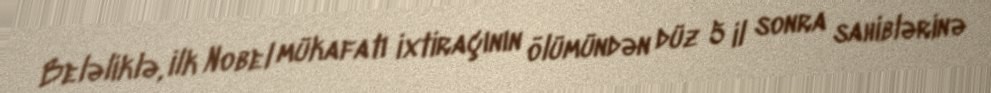
Beləliklə, ilk Nobel mükafatı ixtiraçının ölümündən düz 5 il sonra sahiblərinə